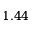
1 . 4 4